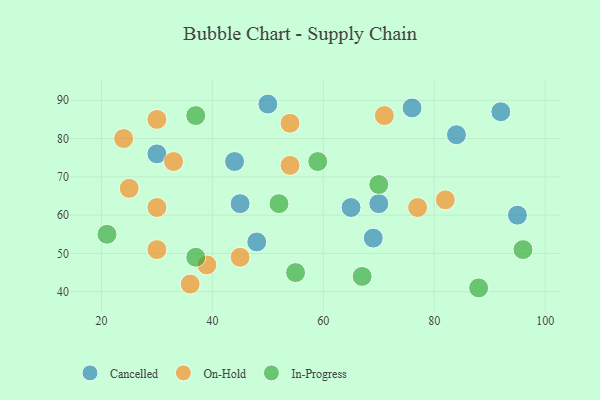
{"axis": {"x": "GDP", "y": "Life Expectancy"}, "legend": ["Cancelled", "In-Progress", "On-Hold"], "data": [{"x": "95", "y": 60, "type": "Cancelled"}, {"x": "69", "y": 54, "type": "Cancelled"}, {"x": "76", "y": 88, "type": "Cancelled"}, {"x": "50", "y": 89, "type": "Cancelled"}, {"x": "48", "y": 53, "type": "Cancelled"}, {"x": "65", "y": 62, "type": "Cancelled"}, {"x": "45", "y": 63, "type": "Cancelled"}, {"x": "44", "y": 74, "type": "Cancelled"}, {"x": "30", "y": 76, "type": "Cancelled"}, {"x": "84", "y": 81, "type": "Cancelled"}, {"x": "70", "y": 63, "type": "Cancelled"}, {"x": "92", "y": 87, "type": "Cancelled"}, {"x": "77", "y": 62, "type": "On-Hold"}, {"x": "30", "y": 62, "type": "On-Hold"}, {"x": "82", "y": 64, "type": "On-Hold"}, {"x": "25", "y": 67, "type": "On-Hold"}, {"x": "54", "y": 73, "type": "On-Hold"}, {"x": "30", "y": 51, "type": "On-Hold"}, {"x": "36", "y": 42, "type": "On-Hold"}, {"x": "71", "y": 86, "type": "On-Hold"}, {"x": "39", "y": 47, "type": "On-Hold"}, {"x": "45", "y": 49, "type": "On-Hold"}, {"x": "33", "y": 74, "type": "On-Hold"}, {"x": "24", "y": 80, "type": "On-Hold"}, {"x": "54", "y": 84, "type": "On-Hold"}, {"x": "30", "y": 85, "type": "On-Hold"}, {"x": "37", "y": 49, "type": "In-Progress"}, {"x": "67", "y": 44, "type": "In-Progress"}, {"x": "52", "y": 63, "type": "In-Progress"}, {"x": "96", "y": 51, "type": "In-Progress"}, {"x": "55", "y": 45, "type": "In-Progress"}, {"x": "37", "y": 86, "type": "In-Progress"}, {"x": "59", "y": 74, "type": "In-Progress"}, {"x": "21", "y": 55, "type": "In-Progress"}, {"x": "70", "y": 68, "type": "In-Progress"}, {"x": "88", "y": 41, "type": "In-Progress"}]}